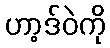
ဟာ့ဒ်ဝဲကို